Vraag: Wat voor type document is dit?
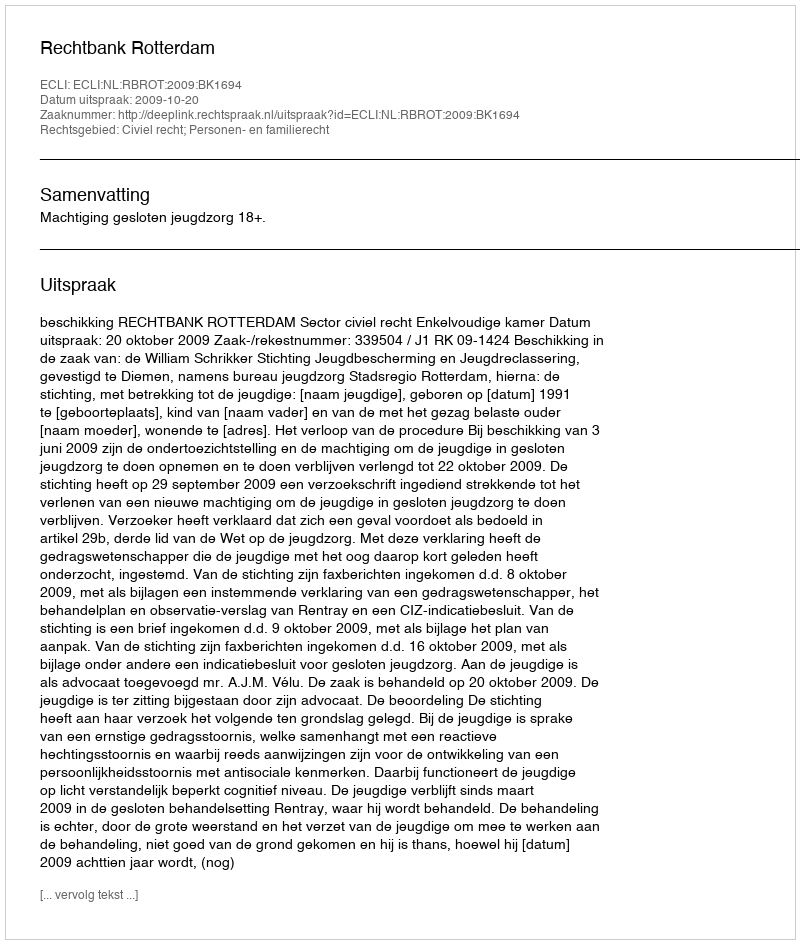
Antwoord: Uitspraak